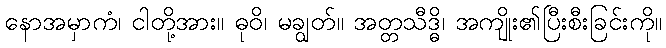
နောအမှာကံ၊ ငါတို့အား။ ဓုဝိ၊ မချွတ်။ အတ္တသီဒ္ဓိ၊ အကျိုး၏ပြီးစီးခြင်းကို။